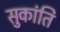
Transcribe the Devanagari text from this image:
सुकांति